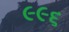
૯૯૬